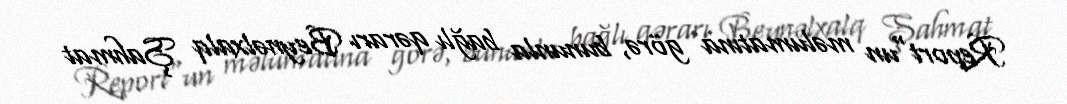
Report"un məlumatına görə, bununla bağlı qərarı Beynəlxalq Şahmat